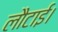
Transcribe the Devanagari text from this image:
लौटाई।